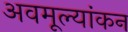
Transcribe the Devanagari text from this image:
अवमूल्यांकन